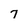
Character: 7